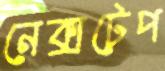
নেক্সটেপ